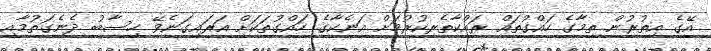
އޭގެ އިތުރުން ތިމާގެ ހައްގުތައް ރައްކާތެރިކުރުމަށް އަނެކާގެ ހައްގުތަކަށް އަރައިގަނެވޭ ހިސާބު ދެނެގަތުމާއި